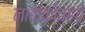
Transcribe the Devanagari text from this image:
नाबोकोव्हचे